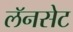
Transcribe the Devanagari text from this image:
लॅनसेट